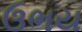
ઉભય